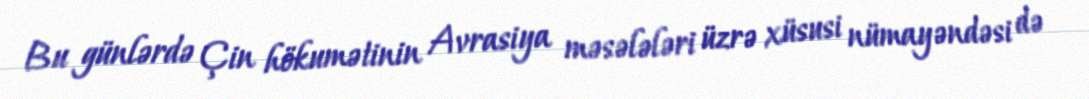
Bu günlərdə Çin hökumətinin Avrasiya məsələləri üzrə xüsusi nümayəndəsi də